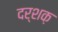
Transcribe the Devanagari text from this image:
दर्शक़